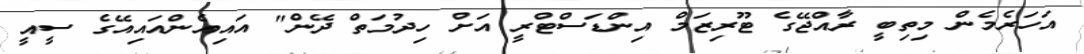
އަހަރެމެން މިތިބީ ރާއްޖޭގެ ޓޫރިޒަމް އިންޑަސްޓްރީ އަށް ހިދުމަތް ދޭން" އައިއެންއައިއޭގެ ސީއީ